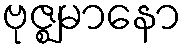
ဗုဇ္ဈမာနော